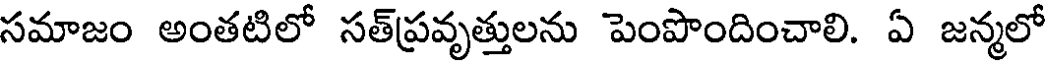
సమాజం అంతటిలో సత్ప్రవృత్తులను పెంపొందించాలి. ఏ జన్మలో